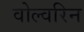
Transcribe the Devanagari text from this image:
वोल्वरिन